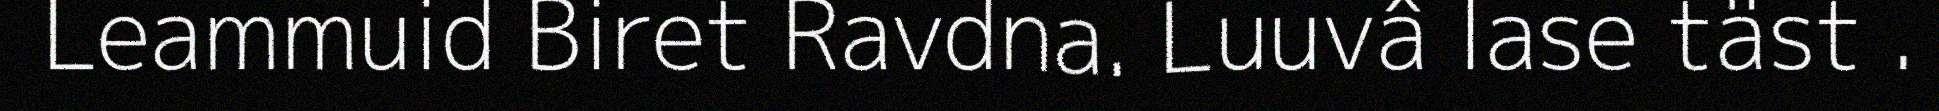
Leammuid Biret Ravdna. Luuvâ lase täst .